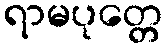
ရာမပုတ္တေ